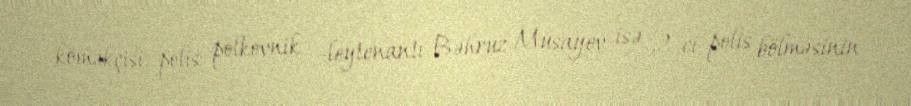
köməkçisi, polis polkovnik -leytenantı Bəhruz Musayev isə 2-ci polis bölməsinin